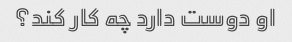
او دوست دارد چه کار کند؟